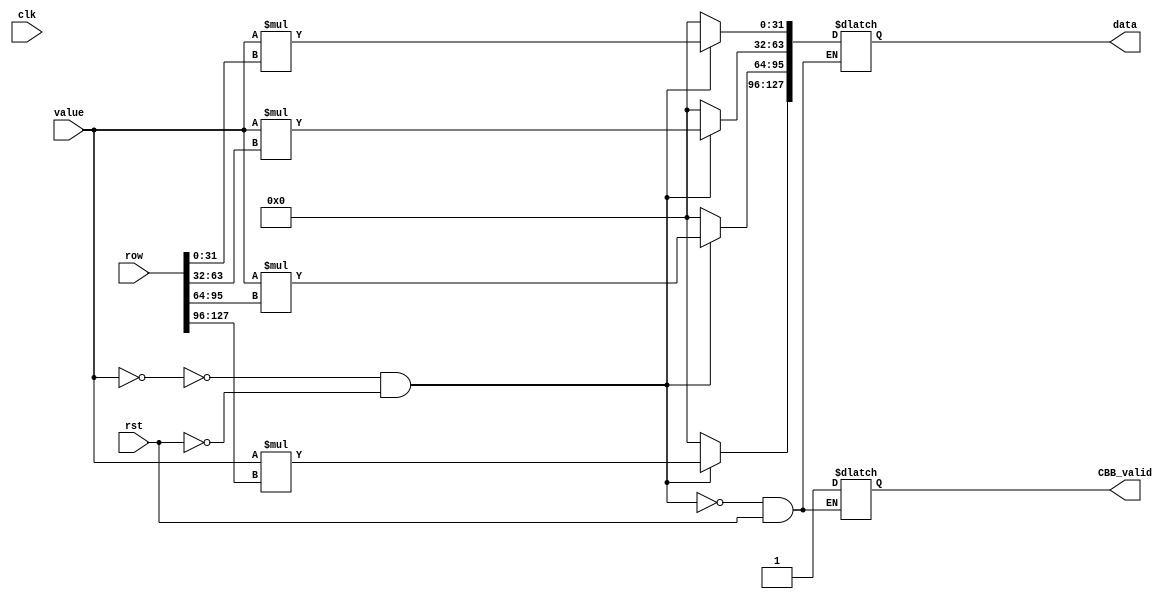
//`include "parameters.v"

//If-Mul Units (IMU) [units inside DSMU and RSMU]
    // a condition using a multiplexer, which would
    // check if the values from DDM are non-zero or not. If it is
    // equal to zero, it is sent to CBB, else to the multiplication unit

//module IMU #(parameter bit_width = `bit_width, tile_width = `tile_width) 
module IMU    
            // currently fixed point 32b. 
            // performs value x row(4 elements)
                                (data, // MU_valid, 
                                CBB_valid, value, row, clk, rst);

    //output [bit_width-1:0] data [0:tile_width-1]; 
    output reg [127:0] data;
    // output MU_valid;
    output reg CBB_valid;

    input [31:0] value;
    //input [bit_width-1:0] row [0:tile_width-1];
    input [127:0] row;
    input clk;
    input rst;

    wire check_zero;
    wire total_bit;

    //reg 

    assign check_zero = (value == 32'b0); 
    
    always @(clk)
        begin
            if (!check_zero && !rst)
                begin
                //send to multiplication unit
                //MU_valid = 1'b0;
                CBB_valid <= 1'b1;
                //no 'generate' statement inside sequential.
                data[31:0] <= value * row[31:0];  // 1 cycle multiplication
                data[63:32] <= value * row[63:32];
                data[95:64] <= value * row[95:64];
                data[127:96] <= value * row[127:96];
                //do accmulate inside here as well? 
                end               
            else if (!rst)
                begin
                //send to CBB
                //MU_valid = 1'b0;
                CBB_valid <= 1'b1;
                data <= 128'b0;
                end
        end
endmodule


//Diagonally Sparse Multiplier Unit 
    //in case of diagonal prediction
    //values[i] vs DMM[i][:]
    //no adders needed
    //result directly stored into output buffers
    //n IMUs to allow coarse-grain parallelism
    //Each MU(IMU?) responsible for one scalar-vector multiplication

//Randomly Sparse Multiplier Unit
    //there can be multiple non-zero values per row
    //number of non-zero values are already known by NNZ/row predictor
    //RSMU reads that number of non-zero values and allocate each to IMU. 
    //each IMU does values[i]xDDM[i][:] and stores result in the corresponding block in CBB.
    //promote fine-grain parallelism - each IMU do TILE.B number of multiplication operation at a time

    //for both DSMU and RSMU, harness fine-grain parallelism by each IMU do TILE.B number of multiplication operation at a time

// Adder 


// Pipeline